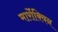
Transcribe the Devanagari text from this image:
मार्रोक्विन